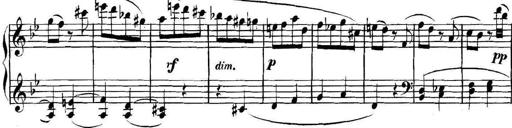
Title: Collected Piano Sonatas
Composer: Muzio Clementi